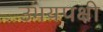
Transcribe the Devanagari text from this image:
उभयपक्षी